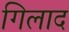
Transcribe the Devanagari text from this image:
गिलाद